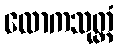
လောကသုတ္တံ